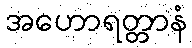
အဟောရတ္တာနံ